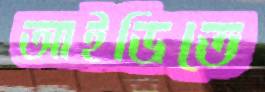
আইডিতে